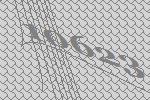
10623